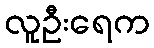
လူဦးရေက